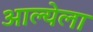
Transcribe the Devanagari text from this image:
आल्येला